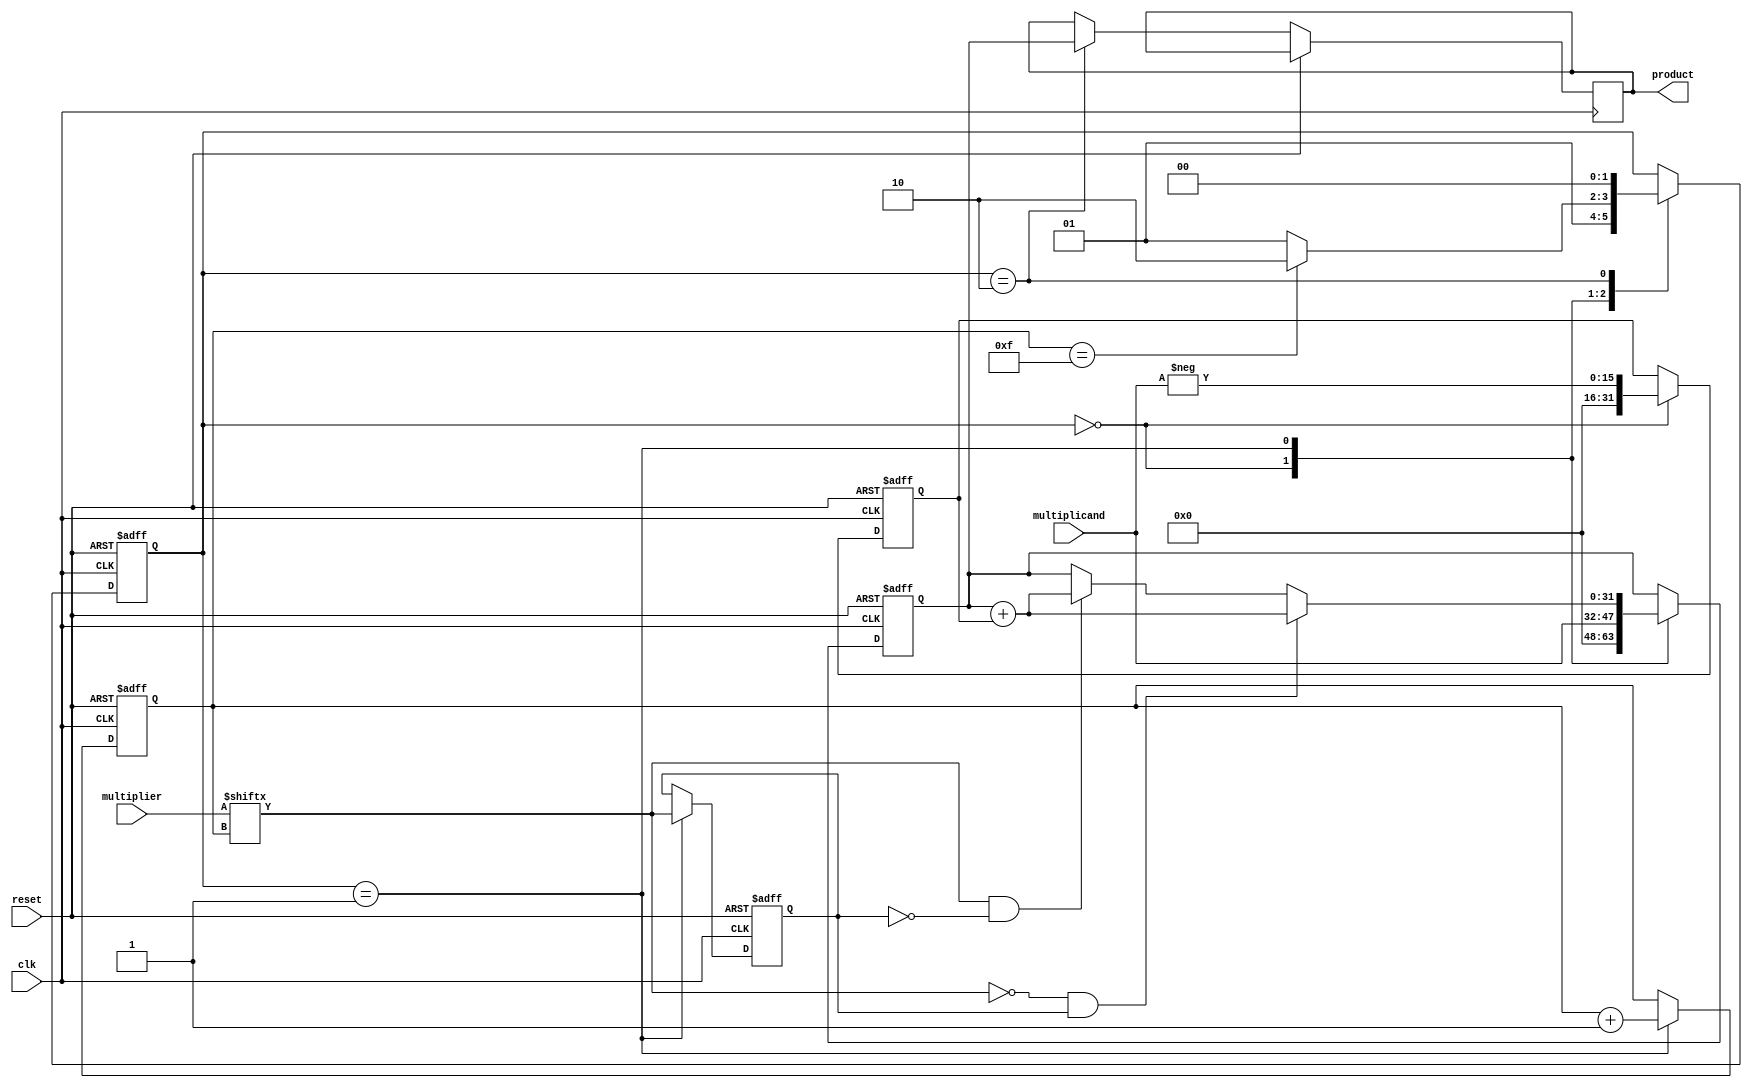
module booth_multiplier(
    input wire clk,
    input wire reset,
    input wire [15:0] multiplicand,
    input wire [15:0] multiplier,
    output reg [31:0] product
);

reg [31:0] a;
reg [31:0] s;
reg [3:0] count;
reg operand;
reg [1:0] step;

always @(posedge clk or posedge reset) begin
    if (reset) begin
        a <= 32'b0;
        s <= 32'b0;
        count <= 4'b0;
        operand <= 1'b0;
        step <= 2'b00;
    end else begin
        case (step)
            2'b00: begin
                a <= {16'b0, multiplicand};
                s <= {16'b0, -multiplicand};
                step <= 2'b01;
            end
            2'b01: begin
                if (multiplier[count] == 1'b0 && operand) begin
                    a <= a + s;
                end else if (multiplier[count] == 1'b1 && !operand) begin
                    a <= a + s;
                end
                count <= count + 1;
                operand <= multiplier[count];
                if (count == 15)
                    step <= 2'b10;
                else
                    step <= 2'b01;
            end
            2'b10: begin
                product <= a;
                step <= 2'b00;
            end
        endcase
    end
end

endmodule